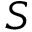
S